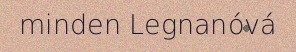
minden Legnanóvá